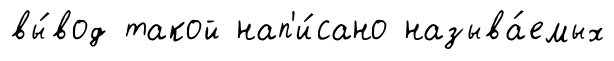
вы́вод такой нап'и́сано называ́емых